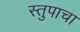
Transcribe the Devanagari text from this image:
स्तुपाचा